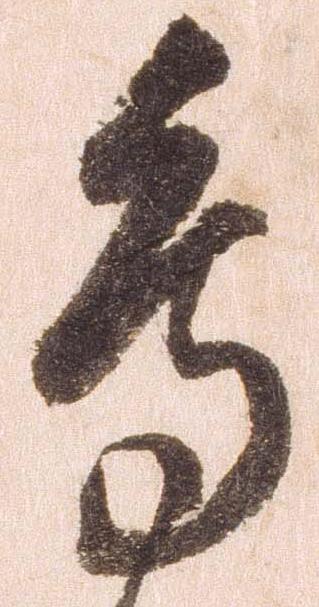
鳥